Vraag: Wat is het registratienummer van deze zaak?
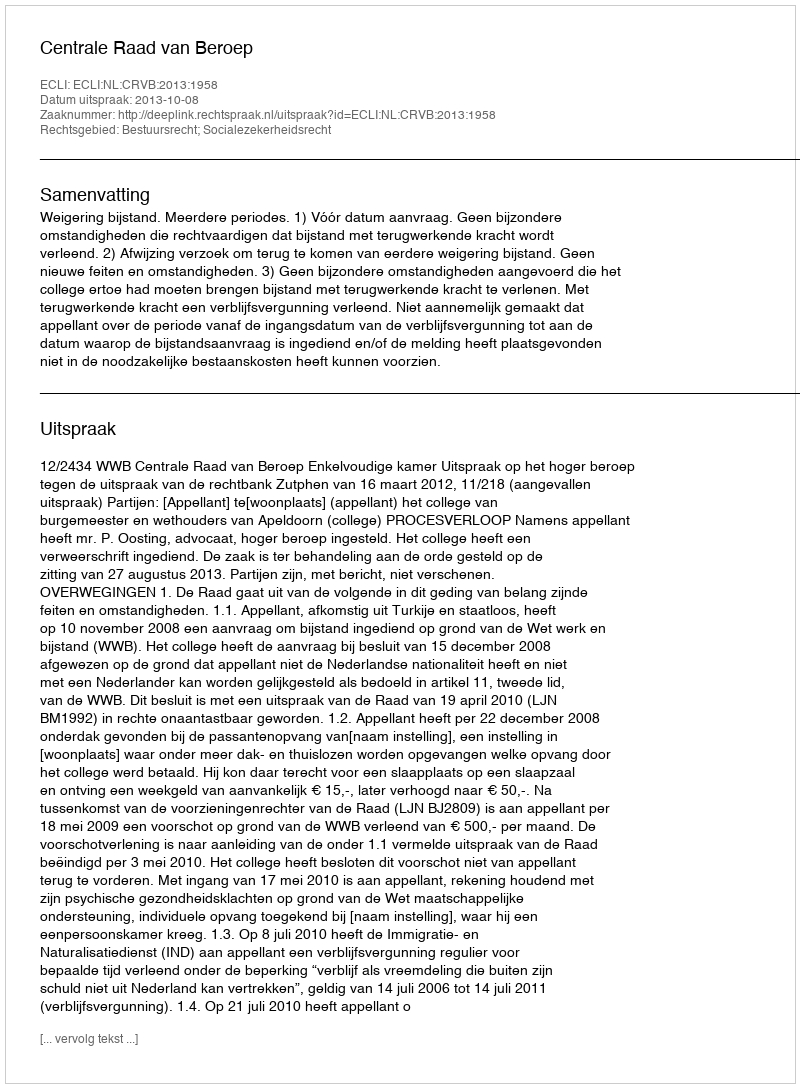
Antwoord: http://deeplink.rechtspraak.nl/uitspraak?id=ECLI:NL:CRVB:2013:1958